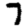
Digit: 7